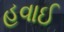
હવાઈ